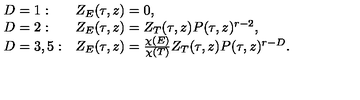
\begin{array} { l l } { D = 1 : } & { Z _ { E } ( \tau , z ) = 0 , } \\ { D = 2 : } & { Z _ { E } ( \tau , z ) = Z _ { T } ( \tau , z ) P ( \tau , z ) ^ { r - 2 } , } \\ { D = 3 , 5 : } & { Z _ { E } ( \tau , z ) = \frac { \chi ( E ) } { \chi ( T ) } Z _ { T } ( \tau , z ) P ( \tau , z ) ^ { r - D } . } \\ \end{array}